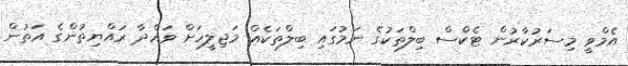
އެމްވީ މިސަރުކާރުން ޓެކްސް ބިލްތަކުގެ ނަމުގައި ބިލްތަކެއް މަޖިލީހަށް ވައްދާ ރައްޔިތުންގެ އަތުން